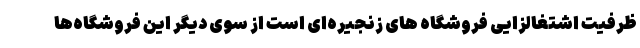
ظرفیت اشتغالزایی فروشگاه های زنجیره‌ای است از سوی دیگر این فروشگاه‌ها